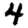
Digit: 4